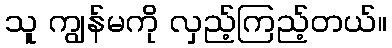
သူ ကျွန်မကို လှည့်ကြည့်တယ်။